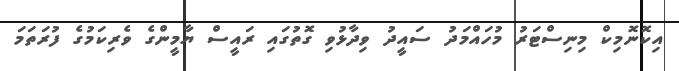
އިކޮނޮމިކް މިނިސްޓަރު މުހައްމަދު ސައީދު ވިދާޅުވި ގޮތުގައި ރައީސް ޔާމީންގެ ވެރިކަމުގެ ފުރަތަމަ